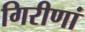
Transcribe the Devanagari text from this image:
गिरीणां